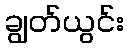
ချွတ်ယွင်း